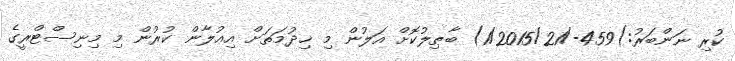
ކުރި ނަންބަރު:)459-/1/2015/21) ބާޠިލުކޮށް އަލުން މި ޚިދުމަތަށް އިޢުލާން ކުރުން މި މިނިސްޓްރީގެ